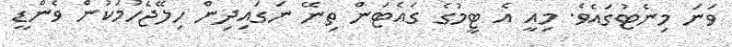
ވަނަ މިނެޓުގައެވެ. މިއީ އެ ޓީމުގެ ގައެޓަން ތިނޭ ނަގައިދިން ހިލޭޖެހުމަކުން ވެންޑީ